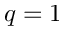
q = 1